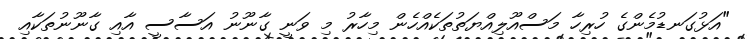
"އަޅުގަނޑުމެންގެ ހުރިހާ މަސްއޫލިއްޔަތުތަކެއްހެން މިހާރު މި ވަނީ ގާނޫނު އަސާސީ އާއި ގާނޫނުތަކާއި